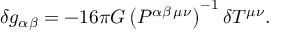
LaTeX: \delta g _ { \alpha \beta } = - 1 6 \pi G \left( P ^ { \alpha \beta \, \mu \nu } \right) ^ { - 1 } \delta T ^ { \mu \nu } .